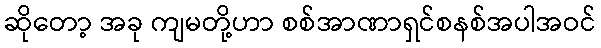
ဆိုတော့ အခု ကျမတို့ဟာ စစ်အာဏာရှင်စနစ်အပါအဝင်